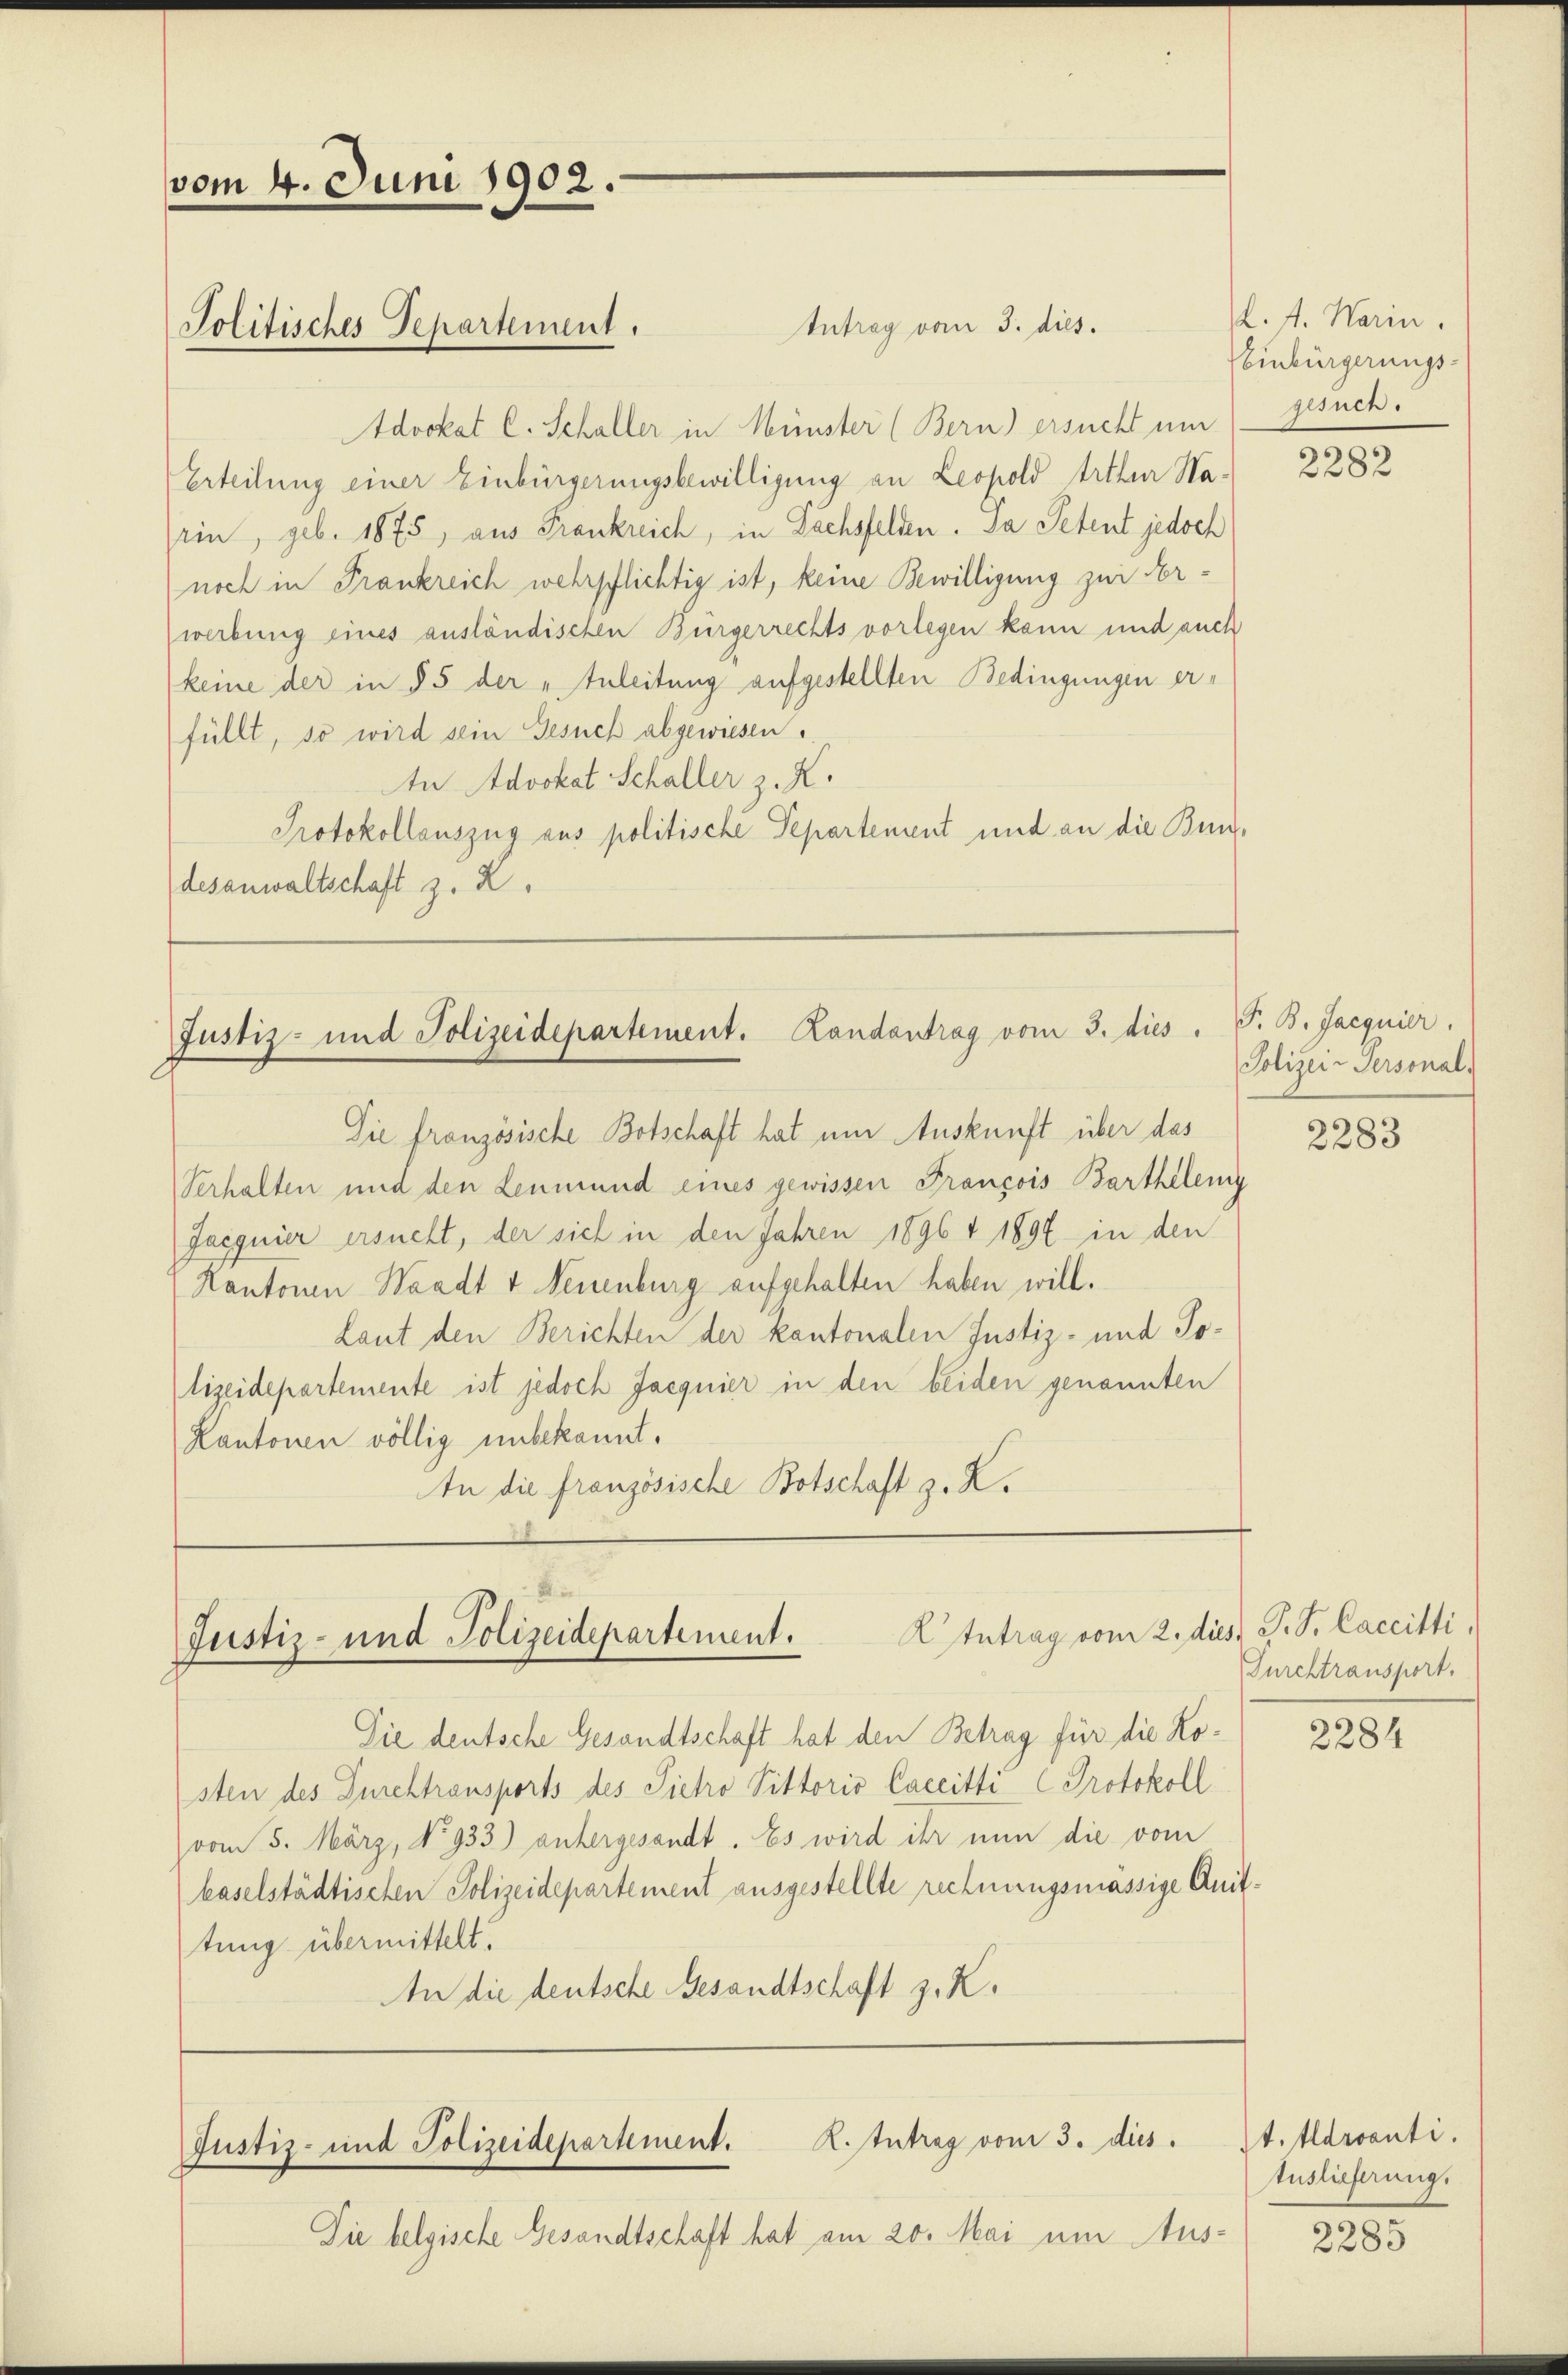
vom 4. Juni 1902.

Antrag vom 3. dies.
Advokat C. Schaller in Münster (Bern) ersucht um
Erteilung einer Einbürgerungsbewilligung an Leopold Arthur Nasein, geb. 1875, aus Frankreich, in Dachsfelden. Da Petent jedoch
noch in Frankreich wehrpflichtig ist, keine Bewilligung zur Arwerbung eines ausländischen Bürgerrechts vorlegen kann und auch
keine der in § 5 der „Inleitung aufgestellten Bedingungen erfüllt, so wird sein Gesuch abgewiesen.
An Advokat Schaller z. K.
Protokollauszug aus politische Departement und an die Bundesanwaltschaft z. Z.

Politisches Separtement.

Justiz- und Polizeidepartement. Landantrag vom 3. dies. S. B. Jacquier.

Die französische Botschaft hat um Auskunft über das
Verhalten und den Leumund eines gewissen Francois Bartheleng
Jacquier ersucht, der sich in den Jahren 1896 + 1896 in den
Kantonen Waadt v Neuenburg aufgehalten haben will.
Laut den Berichten der kantonalen Justiz- und Jolizeidepartemente ist jedoch Jacquier in den beiden genannten
Kantonen völlig unbekannt.
In die französische Botschaft z. B.

EIntrag vom 2. dies P. P. Caccitti,
Justiz- und Polizeidepartement.

R.Intrag vom 3. dies
Justiz- und Polizeidepartement.

Die belgische Gesandtschaft hat am 20. Mai um Aus¬

Sie deutsche Gesandtschaft hat den Betrag für die Kosten des Durchtransports des Pietro Pittoris Caccitti Protokoll
vom 5. März, No 933) untergesandt. Es wird ihr nun die vom
kaselstädtischen Polizeidepartement ausgestellte rechnungsmässige Anittung übermittelt.
An die deutsche Gesandtschaft z. K.

L. f. Warin.
Einbürgerungs-
gesuch.

2282

Polizei-Personal

2283

Furchtransport.

2284

st. Ildranti.
tuslieferung.

2285